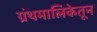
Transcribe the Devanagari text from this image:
ग्रंथमालिकेतून